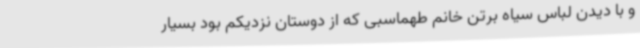
و با دیدن لباس سیاه برتن خانم طهماسبی که از دوستان نزدیکم بود بسیار